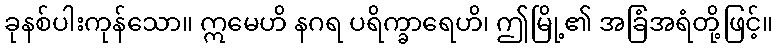
ခုနစ်ပါးကုန်သော။ ဣမေဟိ နဂရ ပရိက္ခာရေဟိ၊ ဤမြို့၏ အခြံအရံတို့ဖြင့်။